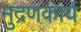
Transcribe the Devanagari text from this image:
मुद्रणकार्य